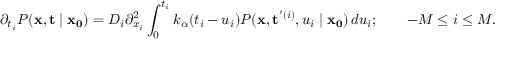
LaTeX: \partial _ { t _ { i } } P ( \mathbf { x } , \mathbf { t } \mid \mathbf { x _ { 0 } } ) = D _ { i } \partial _ { x _ { i } } ^ { 2 } \int _ { 0 } ^ { t _ { i } } k _ { \alpha } ( t _ { i } - u _ { i } ) P ( \mathbf { x } , \mathbf { t } ^ { ' ( i ) } , u _ { i } \mid \mathbf { x _ { 0 } } ) \, d u _ { i } ; \qquad - M \leq i \leq M .